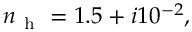
n _ { \mathrm { ~ h ~ } } = 1 . 5 + i 1 0 ^ { - 2 } ,